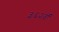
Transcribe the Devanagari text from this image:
३६२वॉ